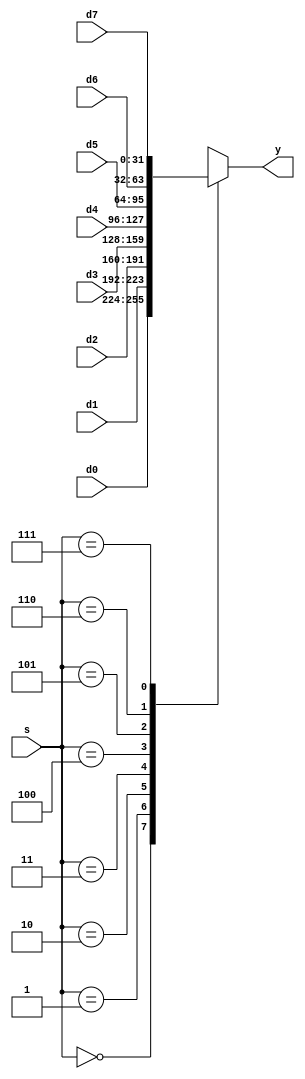
`timescale 1ns / 1ps
//////////////////////////////////////////////////////////////////////////////////
// Company: 
// Engineer: 
// 
// Design Name: 
// Module Name: mux8
// Project Name: 
// Target Devices: 
// Tool Versions: 
// Description: 
// 
// Dependencies: 
// 
// Revision:
// Revision 0.01 - File Created
// Additional Comments:
// 
//////////////////////////////////////////////////////////////////////////////////


module mux8#(parameter WIDTH=32)(
    input [WIDTH-1:0] d0, d1, d2, d3, d4, d5, d6, d7,
    input [2:0] s,
    output reg [WIDTH-1:0] y);

    always @(*)
        case(s)
        3'b000:y<=d0;
        3'b001:y<=d1;
        3'b010:y<=d2;
        3'b011:y<=d3;
        3'b100:y<=d4;
        3'b101:y<=d5;
        3'b110:y<=d6;
        3'b111:y<=d7;
        endcase
endmodule